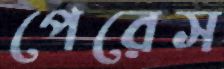
পেরেস